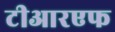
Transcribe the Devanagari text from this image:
टीआरएफ